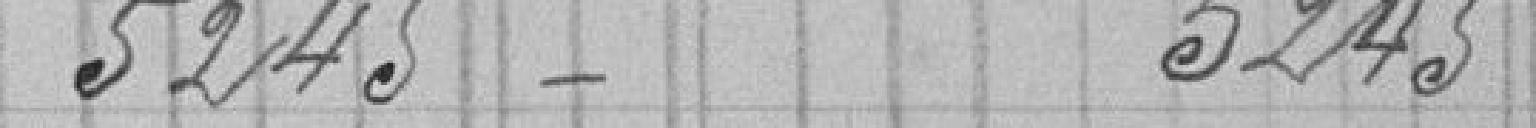
5245 5245